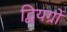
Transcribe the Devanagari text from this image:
द्वियग्रों